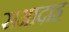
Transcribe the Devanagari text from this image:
सआदाह